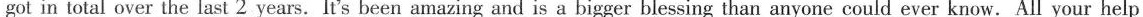
got in total over the last 2 years. It's been amazing and is a bigger blessing than anyone could ever know. All your help